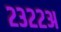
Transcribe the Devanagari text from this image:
२३२२अ